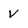
Character: v